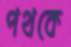
পথকে